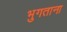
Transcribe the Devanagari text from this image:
भुगताना